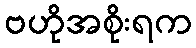
ဗဟိုအစိုးရက